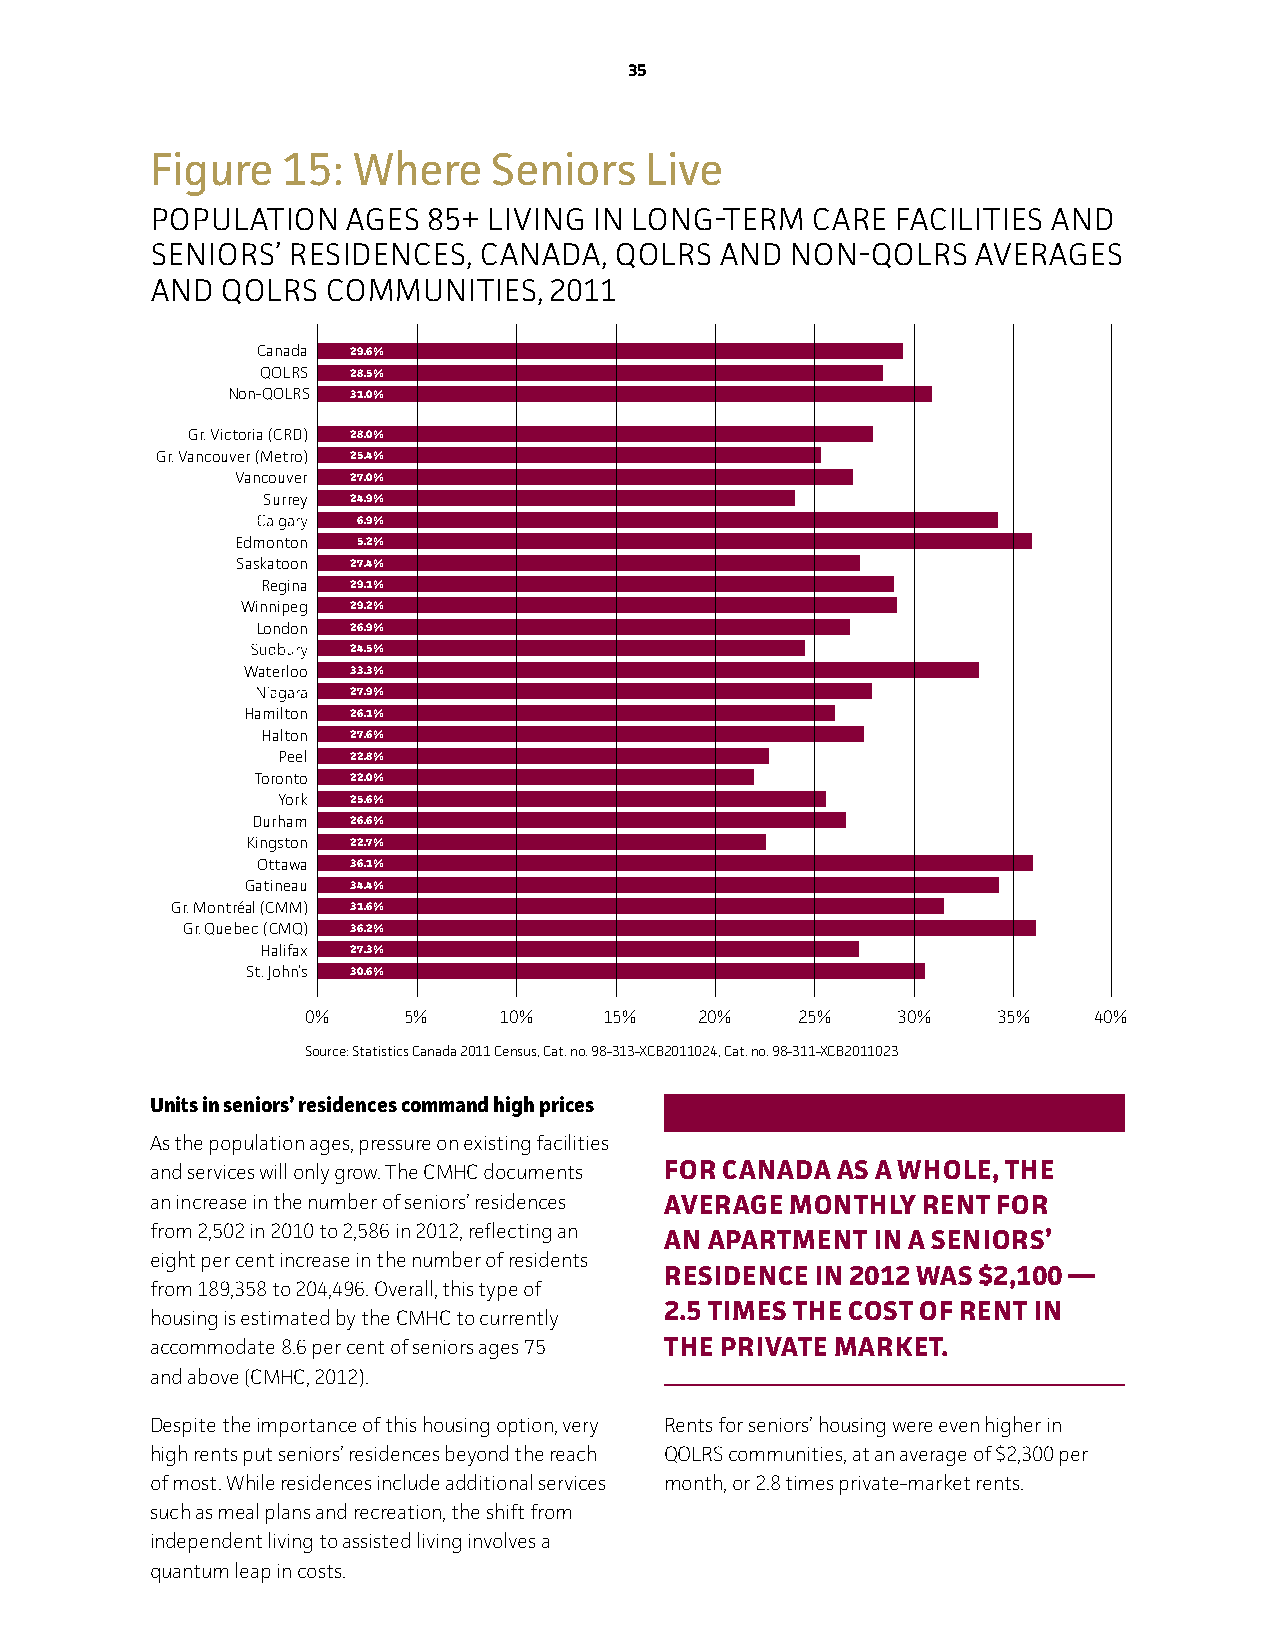
35
 Figure   15: Where     Seniors   Live
 populaTion   ageS 85+ living in long-TerM   Care FaCiliTieS and
 SeniorS’ reSidenCeS,  Canada,  QolrS  and non-QolrS   averageS
 and  QolrS CoMMuniTieS,   2011
 Canada 29.6%
 QOLRS 28.5%
 Non-QOLRS 31.0%
 Gr. Victoria (CRD) 28.0%
 Gr. Vancouver (Metro) 25.4%
 Vancouver 27.0%
 Surrey 24.9%
 6.9%
 Edmonton 5.2%
 Saskatoon 27.4%
 Regina 29.1%
 Winnipeg 29.2%
 London 26.9%
 24.5%
 Waterloo 33.3%
 27.9%
 Hamilton 26.1%
 Halton 27.6%
 Peel 22.8%
 Toronto 22.0%
 York 25.6%
 Durham 26.6%
 Kingston 22.7%
 Ottawa 36.1%
 Gatineau 34.4%
 Gr. Montréal (CMM) 31.6%
 Gr. Quebec (CMQ) 36.2%
 Halifax 27.3%
 St. John’s 30.6%
 0%     5%    10%    15%   20%    25%   30%    35%   40%
 Source: Statistics Canada 2011 Census, Cat. no. 98-313-XCB2011024, Cat. no. 98-311-XCB2011023
 units in seniors’ residences command high prices
 As the population ages, pressure on existing facilities
 and services will only grow. The CMHC documents FoR CAnADA AS A whoLe, The
 an increase in the number of seniors’ residences AveRAge MonThLy RenT FoR
 from 2,502 in 2010 to 2,586 in 2012, reflecting an
 An APARTMenT  In A SenIoRS’
 eight per cent increase in the number of residents
 ReSIDenCe In 2012 wAS $2,100 —
 from 189,358 to 204,496. Overall, this type of
 2.5 TIMeS The CoST oF RenT In
 housing is estimated by the CMHC to currently
 accommodate 8.6 per cent of seniors ages 75 The PRIvATe MARKeT.
 and above (CMHC, 2012).
 Despite the importance of this housing option, very Rents for seniors’ housing were even higher in
 high rents put seniors’ residences beyond the reach QOLRS communities, at an average of $2,300 per
 of most. while residences include additional services month, or 2.8 times private-market rents.
 such as meal plans and recreation, the shift from
 independent living to assisted living involves a
 quantum leap in costs.